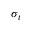
\sigma _ { t }